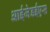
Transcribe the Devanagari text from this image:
आईजेडईएस